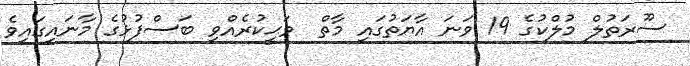
ސޫރަތުލް މުލްކުގެ 19 ވަނަ އާޔަތުގައި މާތް  ވަޙީކުރެއްވި ބަސްފުޅުގެ މާނައިގައިވެ